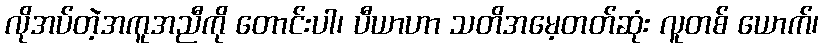
လိုအပ်တဲ့အကူအညီကို တောင်းပါ၊ ပီယာဟာ သတိအမေ့တတ်ဆုံး လူတစ် ယောက်၊